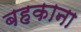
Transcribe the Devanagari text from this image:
बहकाना